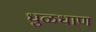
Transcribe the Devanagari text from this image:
धुळधाण